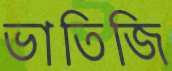
ভাতিজি